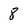
Character: 8